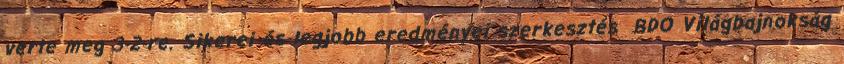
verte meg 3-2-re. Sikerei és legjobb eredményei szerkesztés BDO Világbajnokság